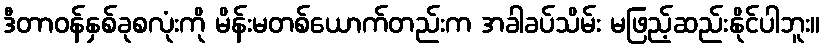
ဒီတာဝန်နှစ်ခုစလုံးကို မိန်းမတစ်ယောက်တည်းက အခါခပ်သိမ်း မဖြည့်ဆည်းနိုင်ပါဘူး။